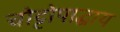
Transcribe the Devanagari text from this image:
चोट्टोपाद्धाय